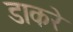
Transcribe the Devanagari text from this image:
डाकरे